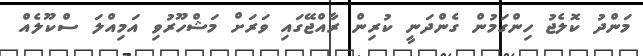
މަންދު ކޮލެޖު ހިންގަމުން ގެންދަނީ ކުރިން ރާއްޖޭގައި ވަރަށް މަޝްހޫރުވި އަމިއްލަ ސްކޫލެއް